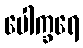
ပေါက္ခရေ